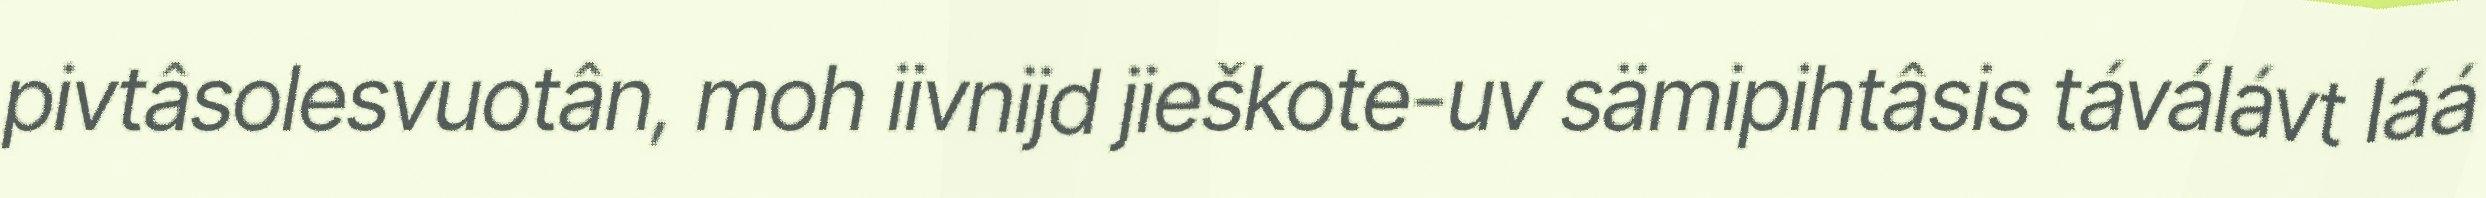
pivtâsolesvuotân, moh iivnijd jieškote-uv sämipihtâsis táválávt láá